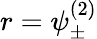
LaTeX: r=\psi_{\pm}^{(2)}